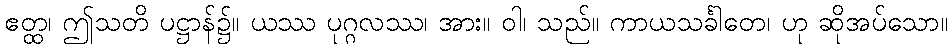
ဧတ္ထ၊ ဤသတိ ပဋ္ဌာန်၌။ ယဿ ပုဂ္ဂလဿ၊ အား။ ဝါ၊ သည်။ ကာယသင်္ခါတေ၊ ဟု ဆိုအပ်သော။